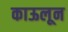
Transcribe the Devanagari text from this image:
काऊलून